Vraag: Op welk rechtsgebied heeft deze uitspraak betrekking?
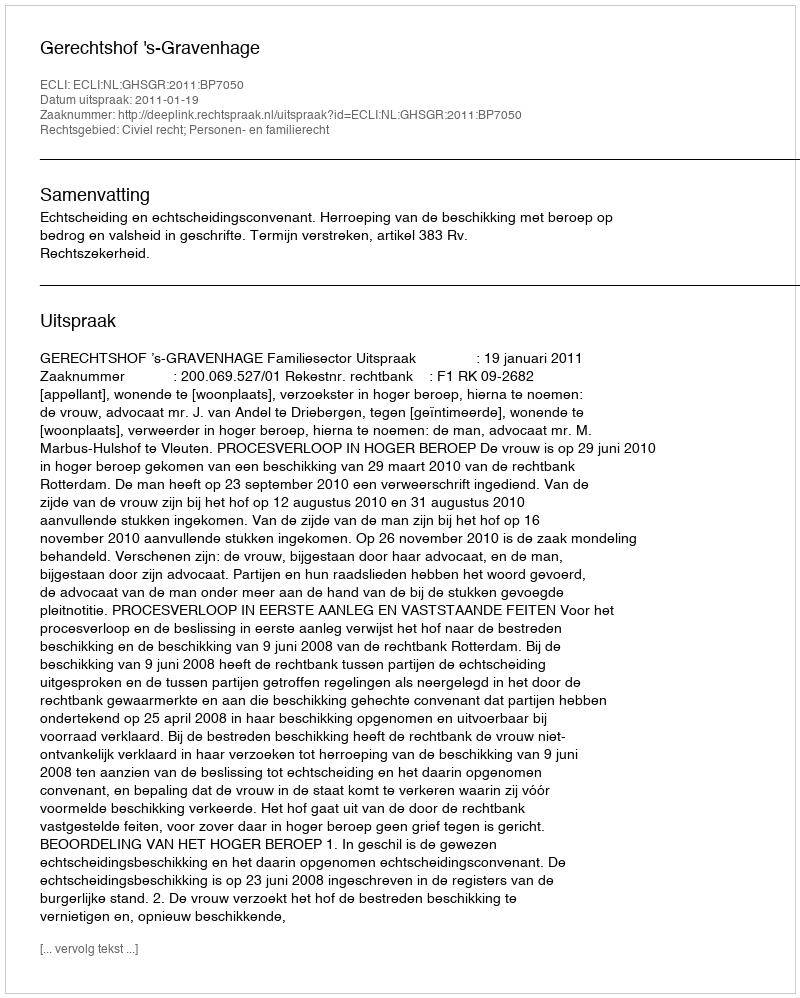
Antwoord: Civiel recht; Personen- en familierecht